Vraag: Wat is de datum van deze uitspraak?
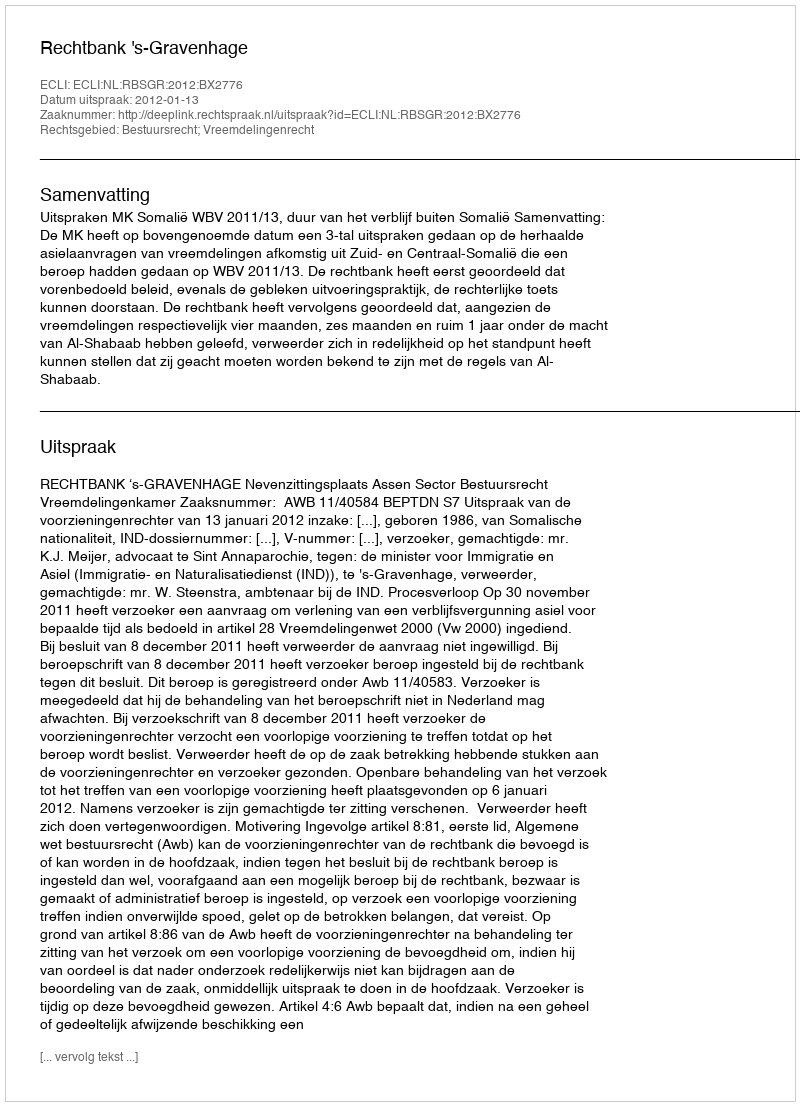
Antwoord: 2012-01-13